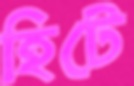
হিটে